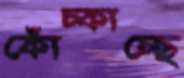
কোঁচ্‌কাচ্ছে